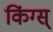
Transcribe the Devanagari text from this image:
किंग्स्